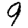
Digit: 9